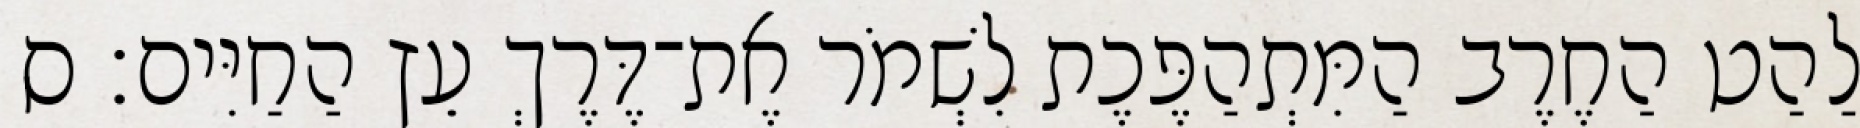
לַהַט הַחֶרֶב הַמִּתְהַפֶּכֶת לִשְׁמֹר אֶת־דֶּרֶךְ עֵץ הַחַיִּים׃ ס